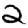
Digit: 2